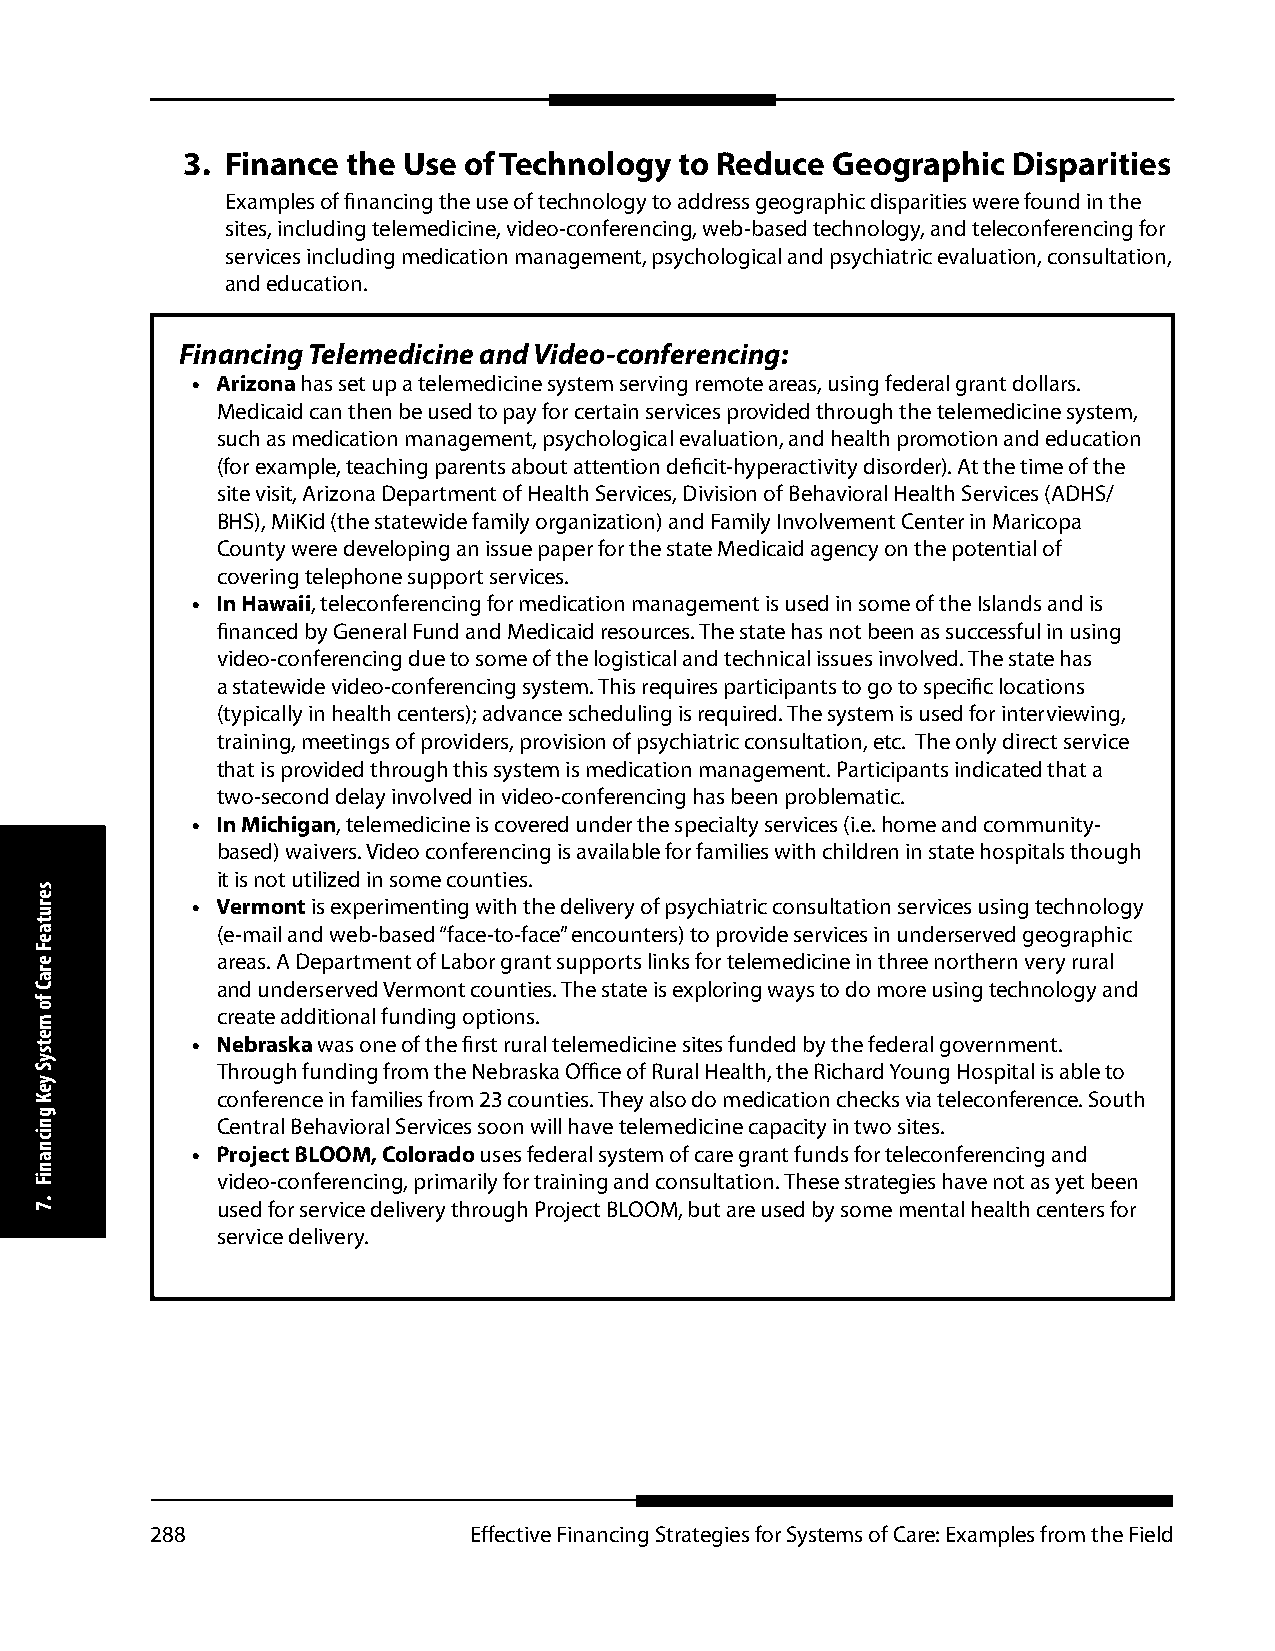
3. Finance the Use of Technology to Reduce Geographic  Disparities
 Examples of financing the use of technology to address geographic disparities were found in the
 sites, including telemedicine, video-conferencing, web-based technology, and teleconferencing for
 services including medication management, psychological and psychiatric evaluation, consultation,
 and education.
 Financing Telemedicine and Video-conferencing:
 • Arizona has set up a telemedicine system serving remote areas, using federal grant dollars.
 Medicaid can then be used to pay for certain services provided through the telemedicine system,
 such as medication management, psychological evaluation, and health promotion and education
 (for example, teaching parents about attention deficit-hyperactivity disorder). At the time of the
 site visit, Arizona Department of Health Services, Division of Behavioral Health Services (ADHS/
 BHS), MiKid (the statewide family organization) and Family Involvement Center in Maricopa
 County were developing an issue paper for the state Medicaid agency on the potential of
 covering telephone support services.
 • In Hawaii, teleconferencing for medication management is used in some of the Islands and is
 financed by General Fund and Medicaid resources. The state has not been as successful in using
 video-conferencing due to some of the logistical and technical issues involved. The state has
 a statewide video-conferencing system. This requires participants to go to specific locations
 (typically in health centers); advance scheduling is required. The system is used for interviewing,
 training, meetings of providers, provision of psychiatric consultation, etc. The only direct service
 that is provided through this system is medication management. Participants indicated that a
 two-second delay involved in video-conferencing has been problematic.
 • In Michigan, telemedicine is covered under the specialty services (i.e. home and community-
 based) waivers. Video conferencing is available for families with children in state hospitals though
 it is not utilized in some counties.
 • Vermont is experimenting with the delivery of psychiatric consultation services using technology
 (e-mail and web-based “face-to-face” encounters) to provide services in underserved geographic
 areas. A Department of Labor grant supports links for telemedicine in three northern very rural
 and underserved Vermont counties. The state is exploring ways to do more using technology and
 create additional funding options.
 • Nebraska was one of the first rural telemedicine sites funded by the federal government.
 Through funding from the Nebraska Office of Rural Health, the Richard Young Hospital is able to
 conference in families from 23 counties. They also do medication checks via teleconference. South
 Central Behavioral Services soon will have telemedicine capacity in two sites.
 • Project BLOOM, Colorado uses federal system of care grant funds for teleconferencing and
 video-conferencing, primarily for training and consultation. These strategies have not as yet been
 used for service delivery through Project BLOOM, but are used by some mental health centers for
 service delivery.
 288                  Effective Financing Strategies for Systems of Care: Examples from the Field
 serutaeF
 eraC
 fo
 metsyS
 yeK
 gnicnaniF
 .7